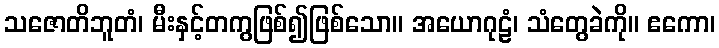
သဇောတိဘူတံ၊ မီးနှင့်တကွဖြစ်၍ဖြစ်သော။ အယောဂုဠံ၊ သံတွေခဲကို။ ဧကော၊